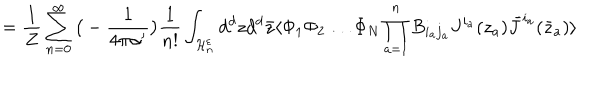
= { \frac { 1 } { Z } } \sum _ { n = 0 } ^ { \infty } \big ( - { \frac { 1 } { 4 \pi \alpha ^ { \prime } } } \big ) { \frac { 1 } { n ! } } \int _ { { \cal H } _ { n } ^ { \varepsilon } } d ^ { d } z d ^ { d } \bar { z } \langle \Phi _ { 1 } \Phi _ { 2 } \dots \Phi _ { N } \prod _ { a = 1 } ^ { n } B _ { i _ { a } j _ { a } } J ^ { i _ { a } } ( z _ { a } ) \bar { J } ^ { i _ { a } } ( \bar { z } _ { a } ) \rangle